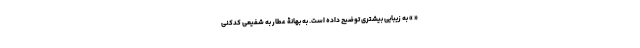
« » به زیبایی بیشتری توضیح داده است. به بهانۀ عطار به شفیعی کدکنی